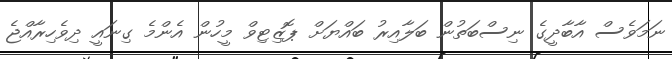
ނަމަވެސް އާބާދީގެ ނިސްބަތުން ބަލާއިރު ބައްޔަށް ޕޮޒިޓިވް މީހުން އެންމެ ގިނައީ ދިވެހިރާއްޖެ